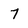
Character: 7